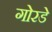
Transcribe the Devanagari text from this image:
गोरडे